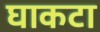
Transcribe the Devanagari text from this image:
घाकटा